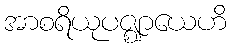
အာစရိယုပဇ္ဈာယေဟိ